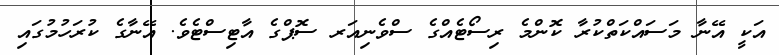
އަކީ އޭނާ މަސައްކަތްކުރާ ކޮންމެ ރިސޯޓެއްގެ ސްވެނިއަރ ސޮޕްގެ އާޓިސްޓެވެ. އޭނާގެ ކުރަހުމުގައި